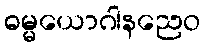
ဓမ္မယောဂါနညေဝ